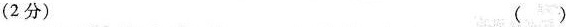
(2分) ( )